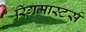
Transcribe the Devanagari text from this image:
रिंगमास्टर्स